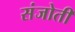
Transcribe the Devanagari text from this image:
संजोती